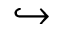
\hookrightarrow